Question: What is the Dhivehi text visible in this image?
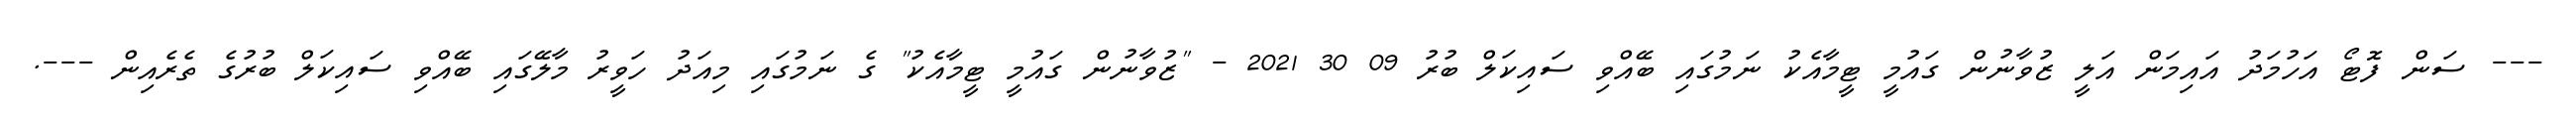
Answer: --- ސަން ފޮޓޯ އަހުމަދު އައިމަން އަލީ ޒުވާނުން ގައުމީ ޓީމާއެކު ނަމުގައި ބޭއްވި ސައިކަލް ބުރު 09 30 2021 - "ޒުވާނުން ގައުމީ ޓީމާއެކު" ގެ ނަމުގައި މިއަދު ހަވީރު މާލޭގައި ބޭއްވި ސައިކަލް ބުރުގެ ތެރެއިން ---.